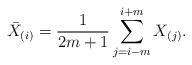
LaTeX: \begin{align*}\bar{X}_{(i)}=\frac{1}{2m+1}\sum_{j=i-m}^{i+m}X_{(j)}.\end{align*}